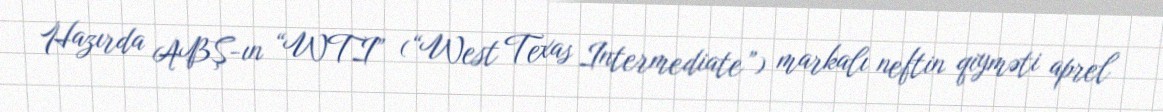
Hazırda ABŞ-ın “WTI” (“West Texas Intermediate”) markalı neftin qiyməti aprel